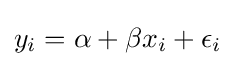
y_{i}=\alpha +\beta x_{i}+\epsilon _{i}